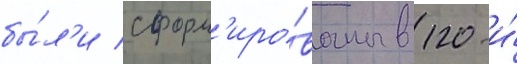
бы́л'и сформ'иро́ваны в 120-и́